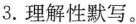
3.理解性默写。